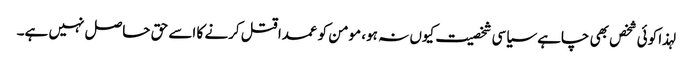
لہذا کوئی شخص بھی چاہے سیاسی شخصیت کیوں نہ ہو، مومن کو عمدا قتل کرنے کا اسے حق حاصل نہیں ہے۔